Civil Veterinary Department. United Provinces 1923-31 - 1923-1931
Year: 1923
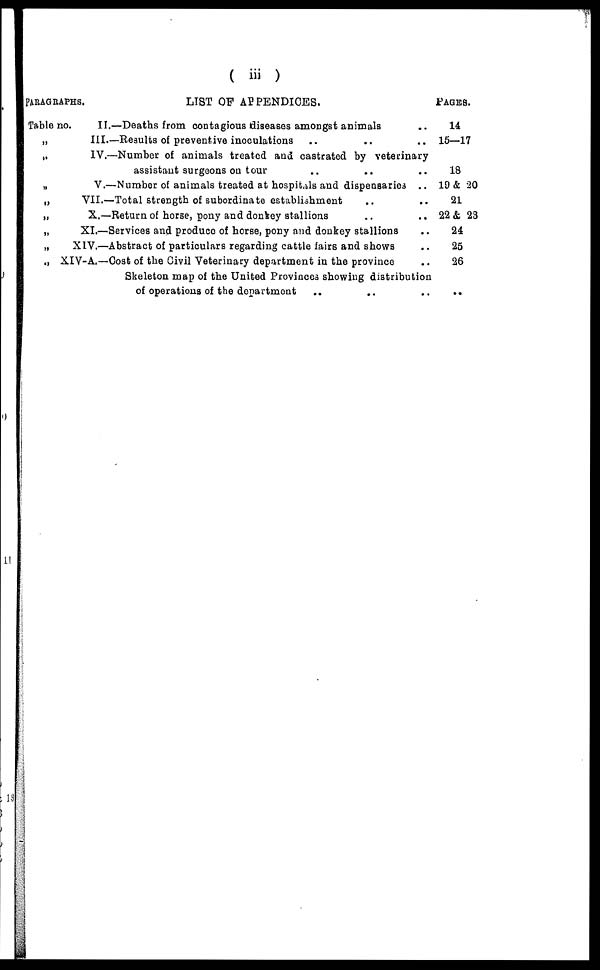
( iii )
PARAGRAPHS
Table no.
„
„
„
„
„
„
„
„
LIST OF APPENDICES.
II.—Deaths from contagious diaeases amongst animals ..
III.—Results of preventive inoculations .. .. ..
IV.—Number of animals treated and castrated by veterinary
assistant surgeons on tour .. .. ..
V.—Number of animals treated at hospitals and dispensaries ..
VII.—Total strength of subordinate establishment .. ..
X.—Return of horse, pony and donkey stallions .. ..
XI.—Services and produce of horse, pony and donkey stallions ..
XIV.—Abstract of particulars regarding cattle fairs and shows ..
XIV-A.—Cost of the Civil Veterinary department in the province ..
Skeleton map of the United Provinces showing distribution
of operations of the department .. .. ..
PAGES.
14
15—17
18
19 & 20
21
22 & 23
24
25
26
..